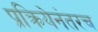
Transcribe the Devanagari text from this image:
प्रक्रियेनंतरच